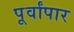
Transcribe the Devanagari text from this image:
पूर्वांपार